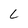
Character: L